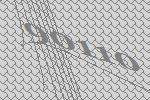
90110